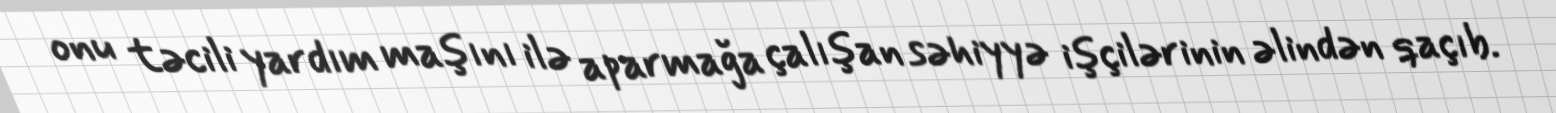
onu təcili yardım maşını ilə aparmağa çalışan səhiyyə işçilərinin əlindən qaçıb.